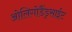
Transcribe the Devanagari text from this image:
ओलिगोडैंड्रसाईट